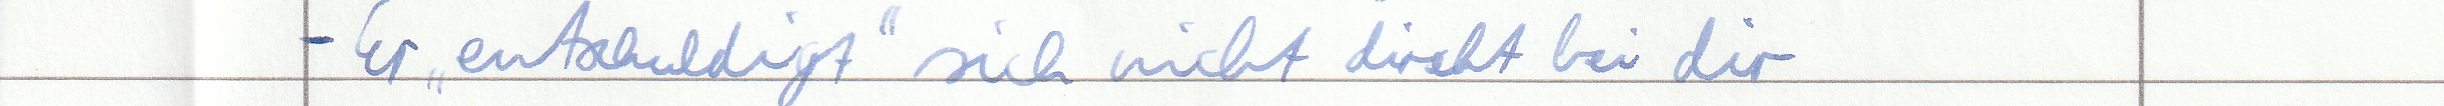
- Er "entschuldigt" sich nicht direkt bei dir